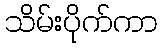
သိမ်းပိုက်ကာ